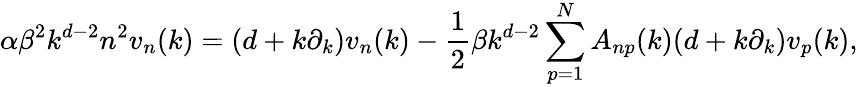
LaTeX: \alpha\beta^{2}k^{d-2}n^{2}v_{n}(k)=(d+k\partial_{k})v_{n}(k)-{\frac{1}{2}}\beta k^{d-2}\sum_{p=1}^{N}A_{np}(k)(d+k\partial_{k})v_{p}(k),